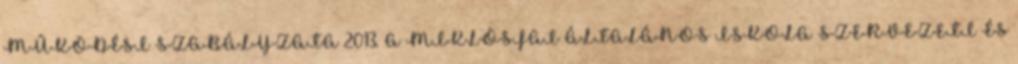
MŰKÖDÉSI SZABÁLYZATA 2013. A MIKLÓSFAI ÁLTALÁNOS ISKOLA SZERVEZETI ÉS